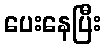
ပေးနေပြီး